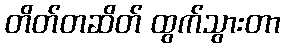
တိတ်တဆိတ် ထွက်သွားတာ